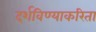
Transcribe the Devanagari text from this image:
दर्शविण्याकरिता